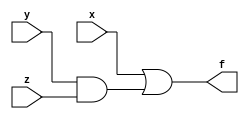
module task2(x, y, z, f);
	input x, y, z;
	output f;
    
	assign f = x | (y&z);
endmodule